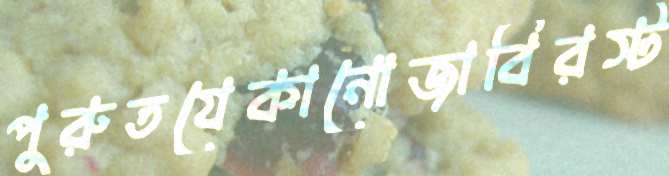
পুরুতযেকানোজাবিরস্ট